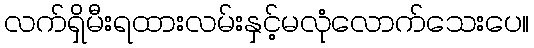
လက်ရှိမီးရထားလမ်းနှင့်မလုံလောက်သေးပေ။